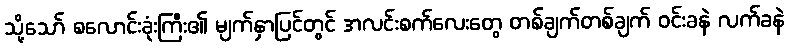
သို့သော် စလောင်းခုံးကြီး၏ မျက်နှာပြင်တွင် အလင်းစက်လေးတွေ တစ်ချက်တစ်ချက် ဝင်းခနဲ လက်ခနဲ